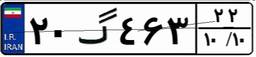
۲۰گ۴۶۳۲۲